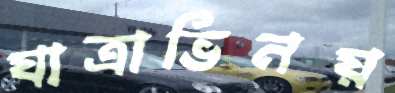
যাত্রাভিনয়